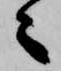
々